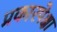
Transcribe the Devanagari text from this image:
प्रकारपेक्षा